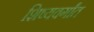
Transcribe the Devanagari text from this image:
शिष्यवर्गांत